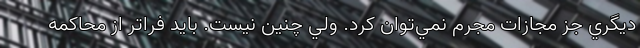
ديگري جز مجازات مجرم نمي‌توان كرد. ولي چنين نيست. بايد فراتر از محاكمه